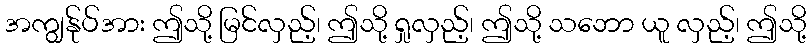
အကျွန်ုပ်အား ဤသို့ မြင်လှည့်၊ ဤသို့ ရှုလှည့်၊ ဤသို့ သဘော ယူ လှည့်၊ ဤသို့